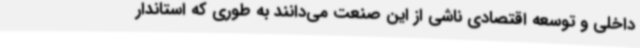
داخلی و توسعه اقتصادی ناشی از این صنعت می‌دانند به طوری که استاندار